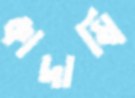
কাদাম্বি